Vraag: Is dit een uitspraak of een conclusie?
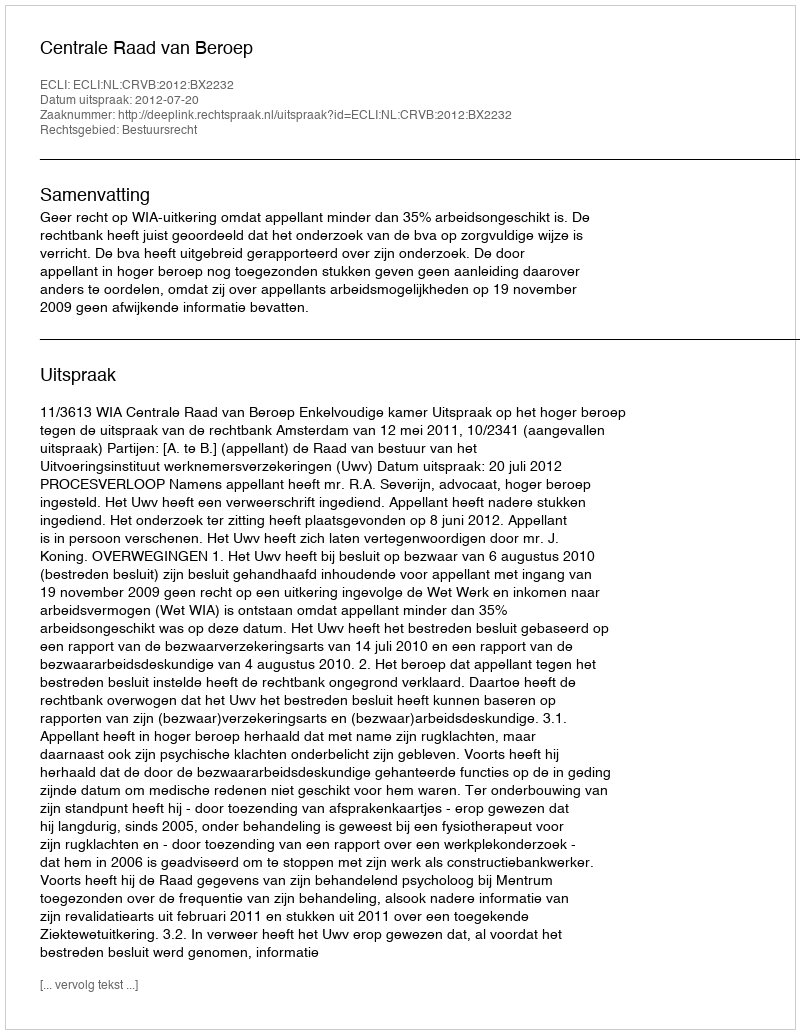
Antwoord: Uitspraak